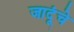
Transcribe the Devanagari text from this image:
जादूंचे